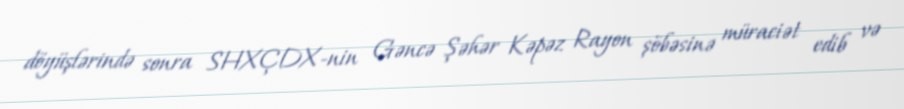
döyüşlərində sonra SHXÇDX-nin Gəncə Şəhər Kəpəz Rayon şöbəsinə müraciət edib və